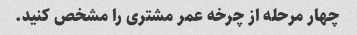
چهار مرحله از چرخه عمر مشتری را مشخص کنید.